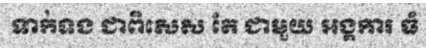
ទាក់ទង ជាពិសេស តែ ជាមួយ អង្គការ ធំ